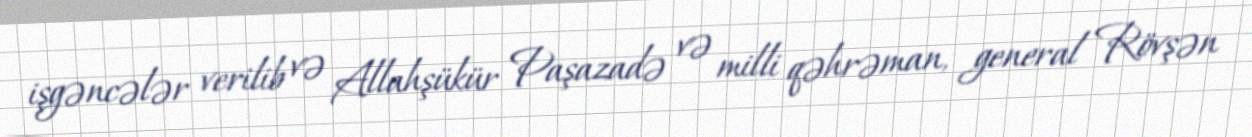
işgəncələr verilib və Allahşükür Paşazadə və milli qəhrəman, general Rövşən